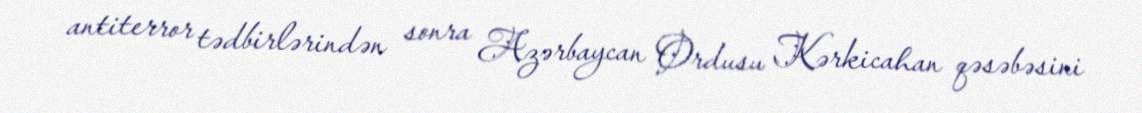
antiterror tədbirlərindən sonra Azərbaycan Ordusu Kərkicahan qəsəbəsini